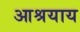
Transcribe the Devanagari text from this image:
आश्रयाय